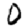
Digit: 0